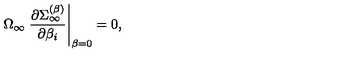
\Omega _ { \infty } \left. { \frac { \partial \Sigma _ { \infty } ^ { ( \beta ) } } { \partial \beta _ { i } } } \right| _ { \beta = 0 } = 0 ,